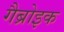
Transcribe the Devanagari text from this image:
गैब्रोइक